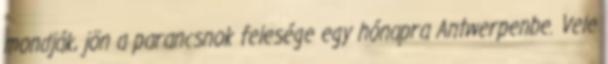
mondják, jön a parancsnok felesége egy hónapra Antwerpenbe. Vele